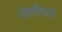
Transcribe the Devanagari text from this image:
पेरणीच्या